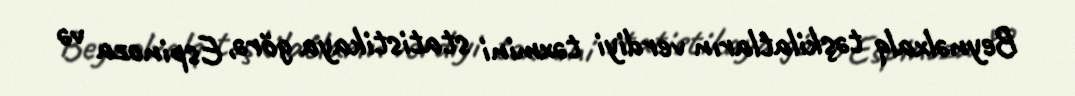
Beynəlxalq təşkilatların verdiyi təxmini statistikaya görə, Espinoza və